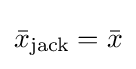
{\bar {x}}_{\mathrm {jack} }={\bar {x}}